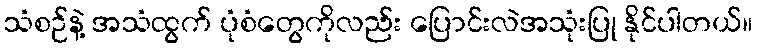
သံစဉ်နဲ့ အသံထွက် ပုံစံတွေကိုလည်း ပြောင်းလဲအသုံးပြု နိုင်ပါတယ်။